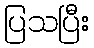
ပြသပြီး